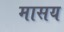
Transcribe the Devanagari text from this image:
मासय